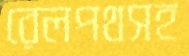
রেলপথসহ